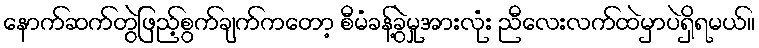
နောက်ဆက်တွဲဖြည့်စွက်ချက်ကတော့ စီမံခန့်ခွဲမှုအားလုံး ညီလေးလက်ထဲမှာပဲရှိရမယ်။